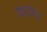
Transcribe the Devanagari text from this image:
गारोथ